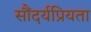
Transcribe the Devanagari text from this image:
सौंदर्यप्रियता